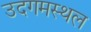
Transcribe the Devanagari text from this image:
उदगमस्थल